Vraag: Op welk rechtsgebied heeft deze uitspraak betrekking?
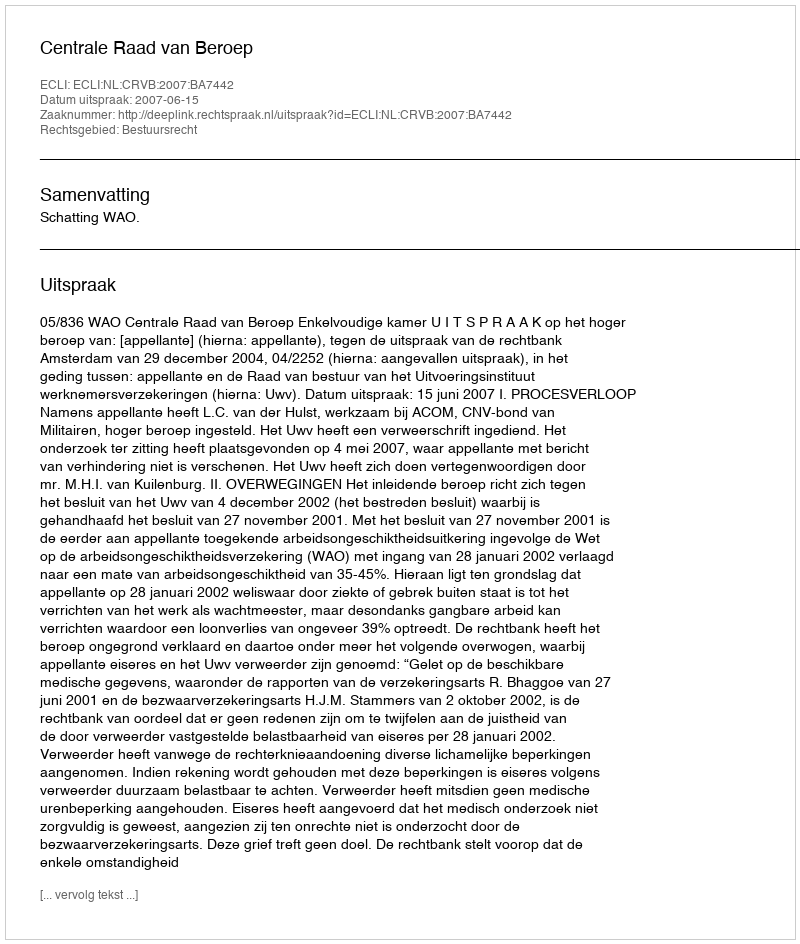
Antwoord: Bestuursrecht